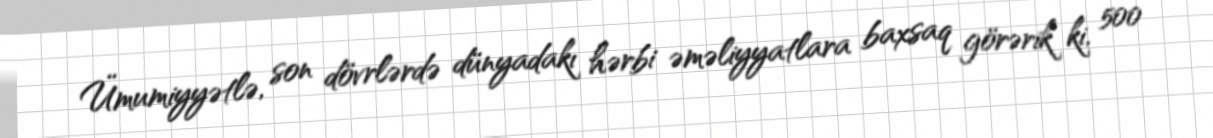
Ümumiyyətlə, son dövrlərdə dünyadakı hərbi əməliyyatlara baxsaq görərik ki, 500